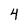
Character: 4